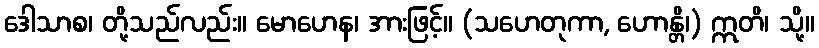
ဒေါသာစ၊ တို့သည်လည်း။ မောဟေန၊ အားဖြင့်။ (သဟေတုကာ, ဟောန္တိ၊) ဣတိ၊ သို့။